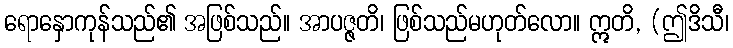
ရောနှောကုန်သည်၏ အဖြစ်သည်။ အာပဇ္ဇတိ၊ ဖြစ်သည်မဟုတ်လော။ ဣတိ, (ဤဒိသီ၊